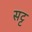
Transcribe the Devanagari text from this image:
सट्ट